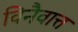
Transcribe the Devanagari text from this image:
विनैवात्त